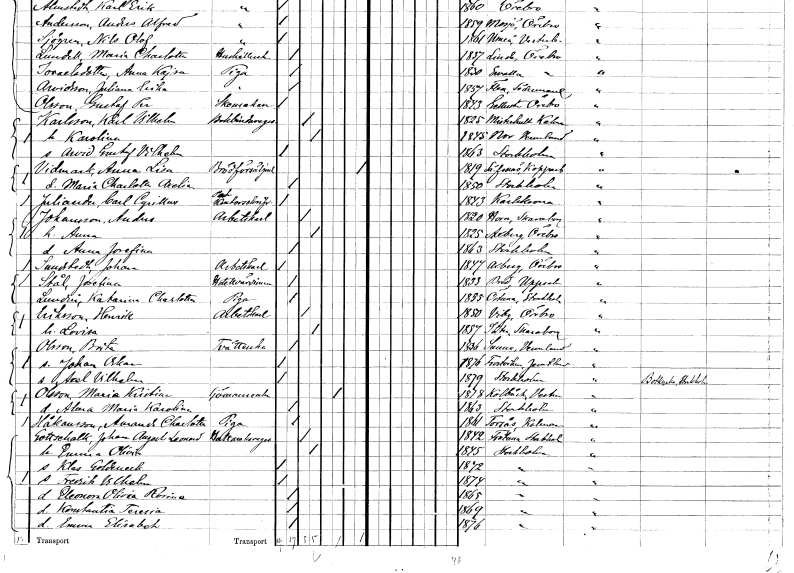
gt_parse: households: individuals: FN: Anna Lisa
EN: Vidmark
YRKE: Brödförsäljerska
KON: K
CIV: X
FODAR: 1819
FODFORS: Säfsnäs Kopparbergs län
FN: Maria Charlotta Axelia
KON: K
CIV: O
FODAR: 1850
FODFORS: Stockholm
FN: Carl Cyrillus
EN: Juliander
YRKE: Kontorsskrivare
KON: M
CIV: O
FODAR: 1843
FODFORS: Karlskrona Blekinge län
FN: Anders
EN: Johansson
YRKE: Arbetskarl
KON: M
CIV: G
FODAR: 1820
FODFORS: Horn Skaraborgs län
FN: Anna
KON: K
CIV: G
FODAR: 1825
FODFORS: Axberg Örebro län
FN: Anna Josefina
KON: K
CIV: O
FODAR: 1863
FODFORS: Stockholm
FN: Johan
EN: Sundstedt
YRKE: Arbetskarl
KON: M
CIV: O
FODAR: 1847
FODFORS: Axberg Örebro län
FN: Josefina
EN: Stål
YRKE: Hotellvärdinna
KON: K
CIV: O
FODAR: 1833
FODFORS: Bred Uppsala län
FN: Katarina Charlotta
EN: Lundin
YRKE: Piga
KON: K
CIV: O
FODAR: 1855
FODFORS: Östuna Uppsala län
FN: Henrik
EN: Eriksson
YRKE: Arbetskarl
KON: M
CIV: G
FODAR: 1850
FODFORS: Viby Örebro län
FN: Lovisa
KON: K
CIV: G
FODAR: 1857
FODFORS: Istrum Skaraborgs län
FN: Brita
EN: Olsson
YRKE: Tvätterska
KON: K
CIV: O
FODAR: 1836
FODFORS: Sunne Värmlands län
FN: Johan Oskar
KON: M
CIV: O
FODAR: 1876
FODFORS: Frostviken Jämtlands län
FN: Axel Vilhelm
KON: M
CIV: O
FODAR: 1879
FODFORS: Stockholm
FN: Maria Kristina
EN: Olsson
YRKE: Sömmerska
KON: K
CIV: E
FODAR: 1818
FODFORS: Kolbäck Västmanlands län
FN: Alma Maria Karolina
KON: K
CIV: O
FODAR: 1863
FODFORS: Stockholm
FN: Amanda Charlotta
EN: Håkansson
YRKE: Piga
KON: K
CIV: O
FODAR: 1861
FODFORS: Torsås Kalmar län
FN: Johan August Leonard
EN: Gottsehalk
YRKE: Hattmakaregesäll
KON: M
CIV: G
FODAR: 1842
FODFORS: Frötuna Stockholms län
FN: Emma Olivia
KON: K
CIV: G
FODAR: 1845
FODFORS: Stockholm
FN: Klas Goldenack
KON: M
CIV: O
FODAR: 1872
FODFORS: Stockholm
FN: Fredrik Vilhelm
KON: M
CIV: O
FODAR: 1874
FODFORS: Stockholm
FN: Eleonora Olivia Rosina
KON: K
CIV: O
FODAR: 1865
FODFORS: Stockholm
FN: Konstantia Teresia
KON: K
CIV: O
FODAR: 1869
FODFORS: Stockholm
FN: Emma Elisabet
KON: K
CIV: O
FODAR: 1876
FODFORS: Stockholm